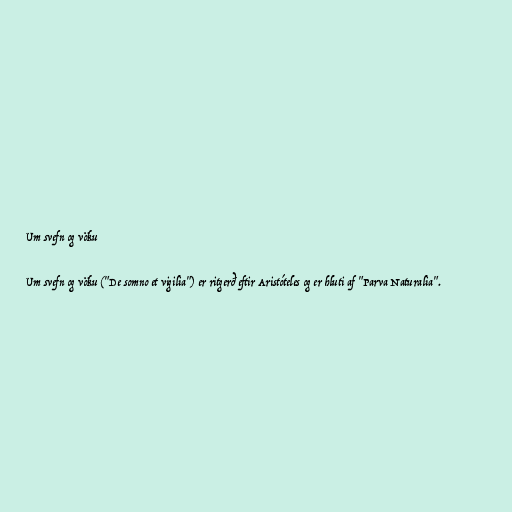
Um svefn og vöku

Um svefn og vöku ("De somno et vigilia") er ritgerð eftir Aristóteles og er hluti af "Parva Naturalia".